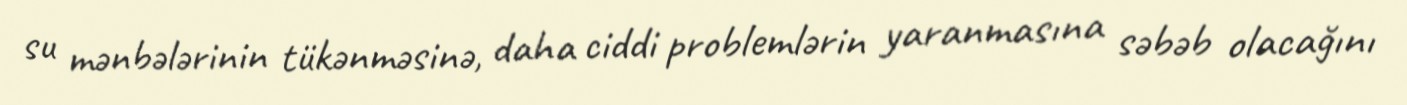
su mənbələrinin tükənməsinə, daha ciddi problemlərin yaranmasına səbəb olacağını